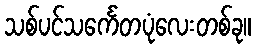
သစ်ပင်သင်္ကေတပုံလေးတစ်ခု။